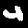
Label: 4